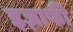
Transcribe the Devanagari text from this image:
इज़ाफी